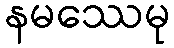
နမဿေမု